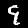
Label: 9